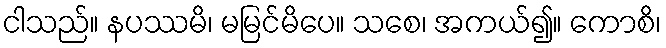
ငါသည်။ နပဿမိ၊ မမြင်မိပေ။ သစေ၊ အကယ်၍။ ကောစိ၊